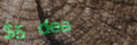
$5 deal